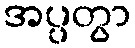
အပ္ပတွာ